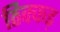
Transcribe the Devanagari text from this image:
ठिक्कड़